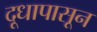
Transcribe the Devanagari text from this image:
दूधापासून